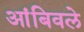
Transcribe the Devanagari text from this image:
आंबिवले